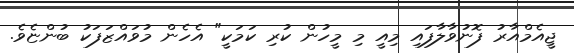
ޖީއެމްއާރު ފޮނުވާލާފައި މިއީ މި މީހުން ކުރި ކަމަކީ" އެހެން މުވައްޒަފަކު ބުންޏެވެ.